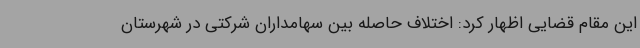
این مقام قضایی اظهار کرد: اختلاف حاصله بین سهامداران شرکتی در شهرستان